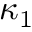
\kappa _ { 1 }